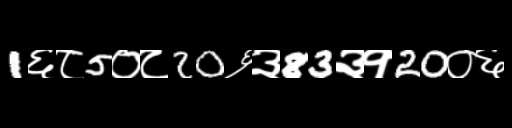
Text: 1६८5०८20६३83३१20०६